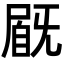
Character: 𡲽